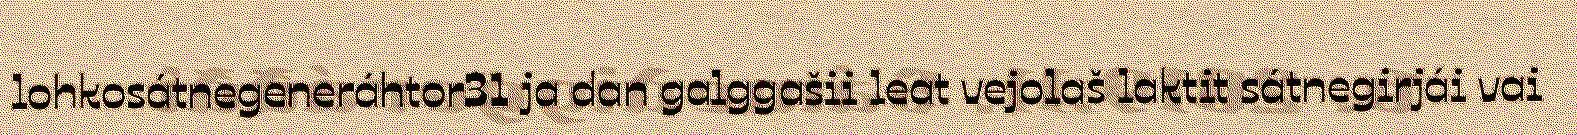
lohkosátnegeneráhtor31 ja dan galggašii leat vejolaš laktit sátnegirjái vai